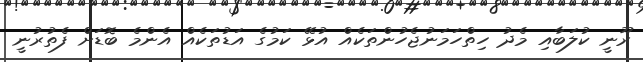
ރޫނީ ކުލަބާއި މެދު ހިތްހަމަނުޖެހުންތަކެއް އުޅޭ ކަމުގެ އަޑުތަކެއް އެންމެ ބޮޑަށް ފެތުރުނީ